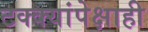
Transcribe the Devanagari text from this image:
टक्क्यांपेक्षाही